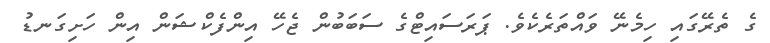
ގެ ތެރޭގައި ހިމެނޭ ވައްތަރެކެވެ. ޕަރަސައިޓްގެ ސަަބަބުން ޖެހޭ އިންފެކްޝަން އިން ހަށިގަނޑު